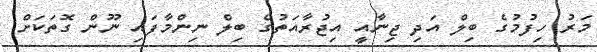
މަރު ހިފުމުގެ ބިލް އަދި ޖިނާއީ އިޖުރާއަތުގެ ބިލް ނިންމާފައި ނޫން ގޮތަކަށް